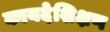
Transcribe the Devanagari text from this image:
कायदेशिक्षण